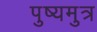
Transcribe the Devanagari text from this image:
पुष्यमुत्र